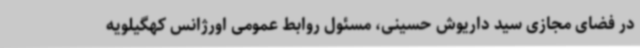
در فضای مجازی سید داریوش حسینی، مسئول روابط عمومی اورژانس کهگیلویه